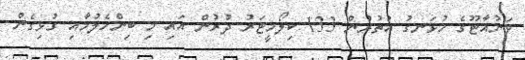
ވަނުއާޓޫގެ ހުޅަނގު އުތުރުން 133 ކިލޯމީޓަރު ދުރުން އައި މި ބިންހެލުމާއި ގުޅިގެން